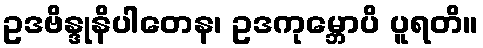
ဥဒဗိန္ဒုနိပါတေန၊ ဥဒကုမ္ဘောပိ ပူရတိ။